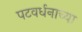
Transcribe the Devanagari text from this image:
पटवर्धनाच्या